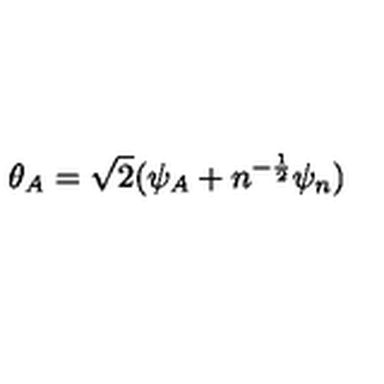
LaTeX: \theta _ { A } = \sqrt 2 ( \psi _ { A } + n ^ { - { \frac { 1 } { 2 } } } \psi _ { n } )